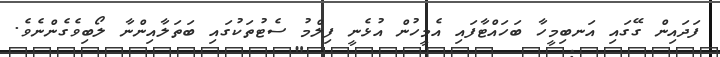
ފަދައިން ގޭގައި އަނބިމީހާ ބަހައްޓާފައި އެމީހުން އުޅެނީ ފިލްމު ސެޓުތަކުގައި ބަތަލާއިންނާ ލޯބިވެގެންނެވެ.